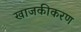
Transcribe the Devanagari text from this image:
खाजकीकरण